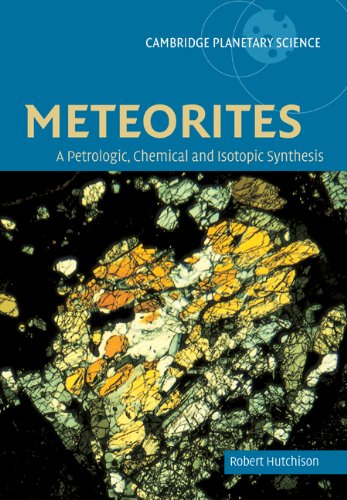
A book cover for Meteorites: A Petrologic, Chemical and Isotopic Synthesis (Cambridge Planetary Science); Robert Hutchison; Science & Math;